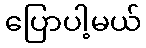
ပြောပါ့မယ်